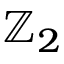
\mathbb { Z } _ { 2 }